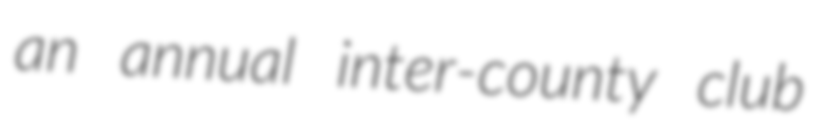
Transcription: an annual inter-county club